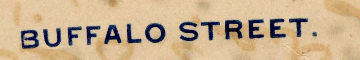
BUFFALO STREET.